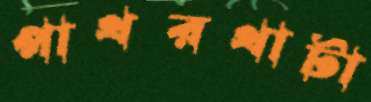
পাথরথাটা